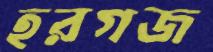
হরগজ